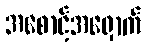
အစောင့်အရှောက်